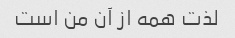
لذت همه از آن من است